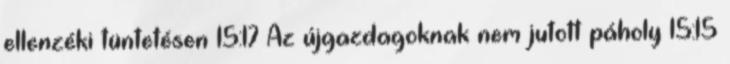
ellenzéki tüntetésen 15:17 Az újgazdagoknak nem jutott páholy 15:15